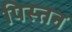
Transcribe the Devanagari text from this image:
पिस्तन